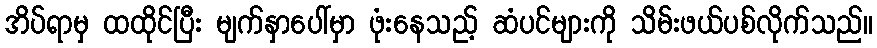
အိပ်ရာမှ ထထိုင်ပြီး မျက်နှာပေါ်မှာ ဖုံးနေသည့် ဆံပင်များကို သိမ်းဖယ်ပစ်လိုက်သည်။